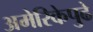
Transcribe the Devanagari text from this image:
अमेरिकेपुढे